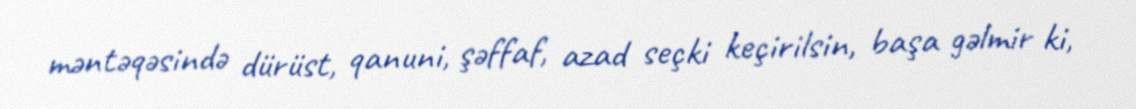
məntəqəsində dürüst, qanuni, şəffaf, azad seçki keçirilsin, başa gəlmir ki,